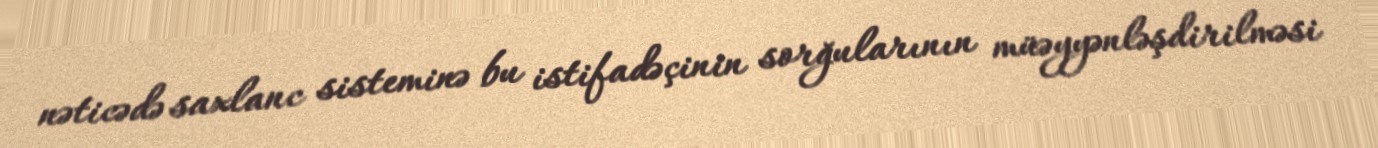
nəticədə saxlanc sisteminə bu istifadəçinin sorğularının müəyyənləşdirilməsi